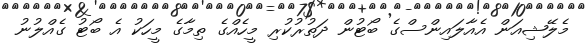
މެލޭޝިއަން އެއާލައިންސްގެ ބޯޓުން ދަތުރުކުރި މީހެއްގެ ތިމާގެ މީހަކު އެ ބޯޓު ގެއްލުނު